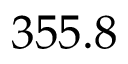
3 5 5 . 8